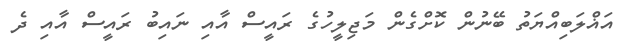
އަޣްލަބިއްޔަތު ބޭނުން ކޮށްގެން މަޖިލީހުގެ ރައީސް އާއި ނައިބު ރައީސް އާއި ދެ